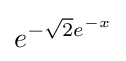
e^{-{\sqrt {2}}e^{-x}}